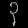
Digit: ၃